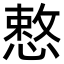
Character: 慗